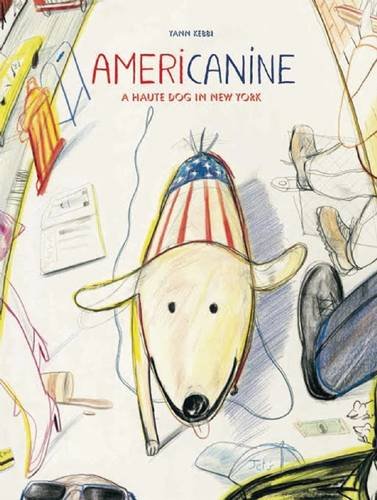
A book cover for Americanine: A Haute Dog in New York; Yann Kebbi; Children's Books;